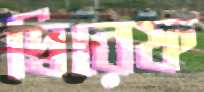
দ্বিরেফ